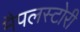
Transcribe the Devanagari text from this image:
मैपलस्टोरी